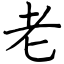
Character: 老